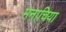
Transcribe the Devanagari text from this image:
मनाचिया